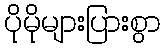
ပိုမိုများပြားစွာ